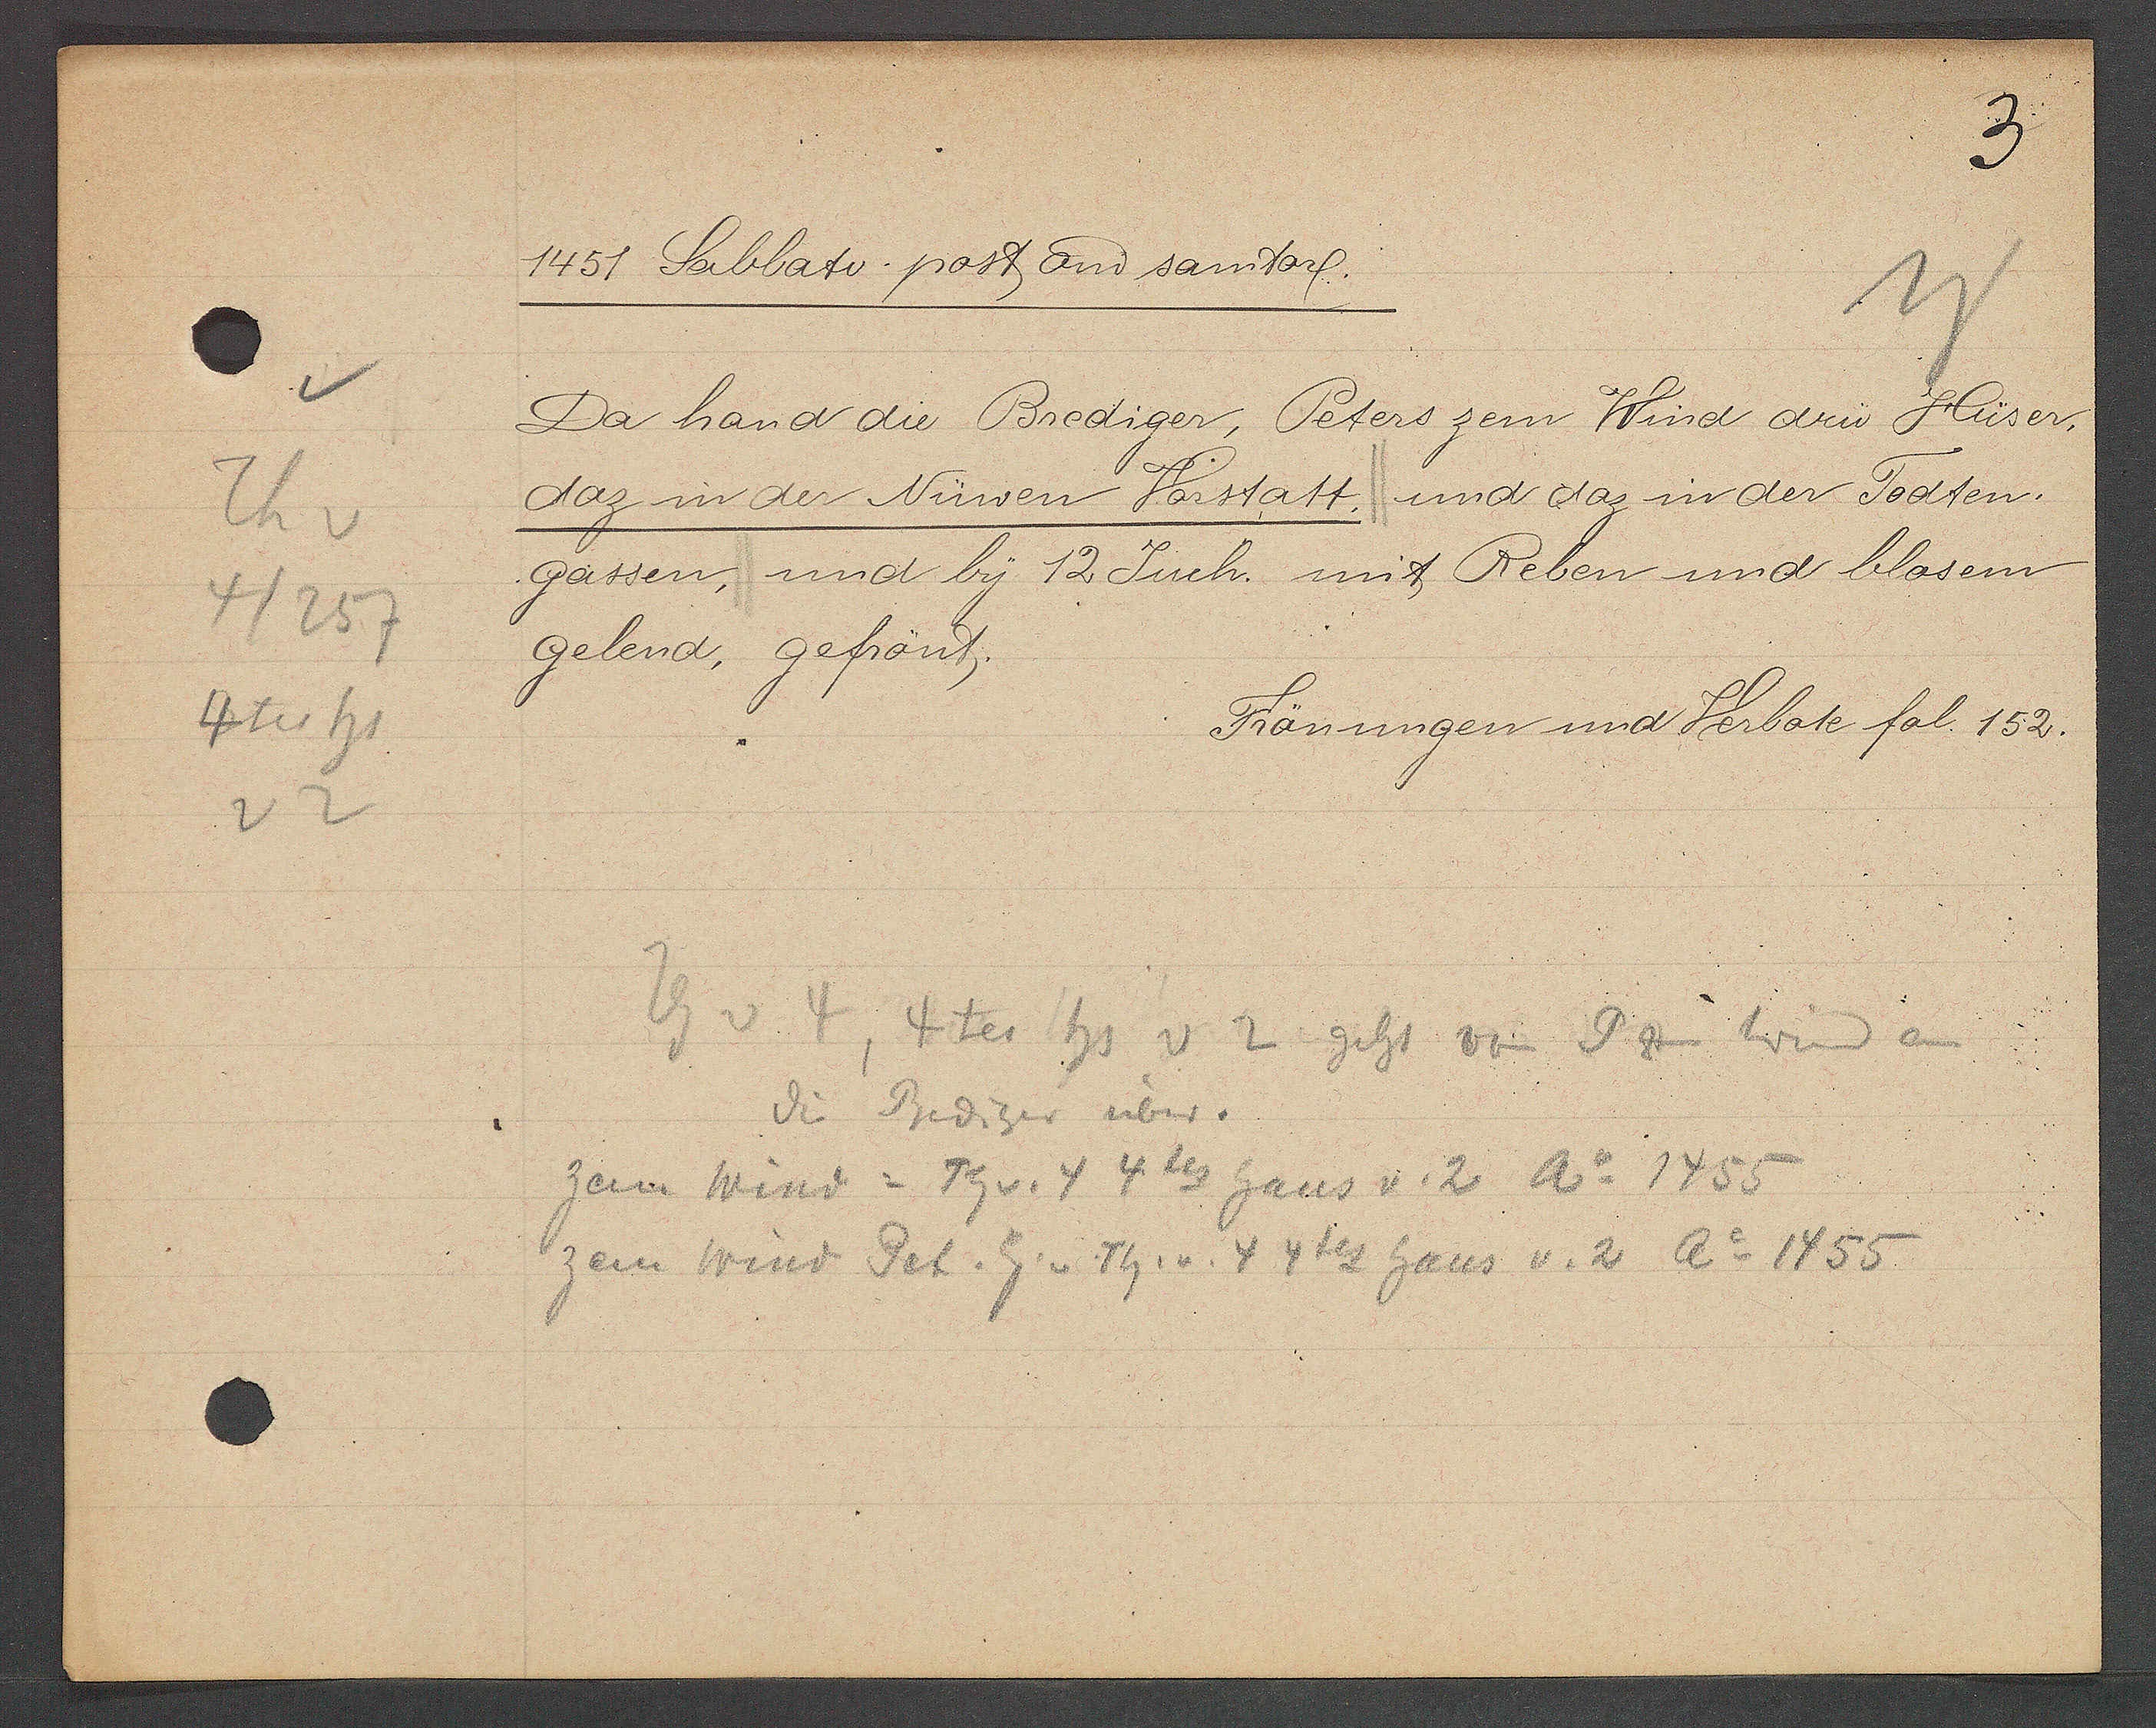
Transcript:
Th v
4/257
4ter hs
22

1451 Sablato post and samtorf.

Da hand die Brediger, Peters zem Wind drü Hüser,
daz in der Nüwen Vorstatt, und daz in der Todten¬
gassen, und by 12 Juch. mit Reben und blosem
gelend, gefrönt.

Frönungen und Verbote fol. 152.

zem Wind = Th v. 4 4tes haus v. 2 ao 1455
zem Wind Pet. Eig v. Th. v. 4 4tes haus v. 2 Ao 1455
Th v 4, 4tes hs v 2 gibt von P zem Wind an
die Brediger über.